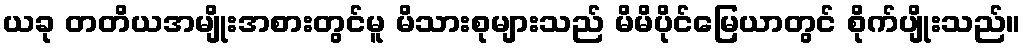
ယခု တတိယအမျိုးအစားတွင်မူ မိသားစုများသည် မိမိပိုင်မြေယာတွင် စိုက်ပျိုးသည်။